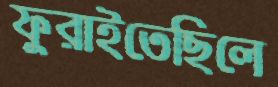
ফুরাইতেছিলে